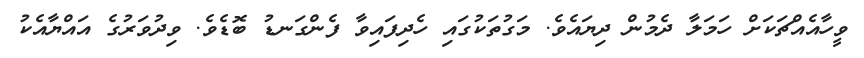
ވީހާއެއްޗަކަށް ހަމަލާ ދެމުން ދިޔައެވެ. މަގުތަކުގައި ހެދިފައިވާ ފެންގަނޑު ބޮޑެވެ. ވިދުވަރުގެ އައްޔާއެކު